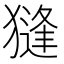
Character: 𱮛